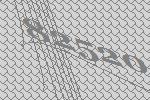
82520